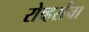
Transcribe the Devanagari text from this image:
रोव्हर्सचा